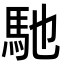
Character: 馳